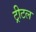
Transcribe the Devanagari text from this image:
ट्रीटल